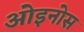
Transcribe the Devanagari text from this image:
ओइनोस